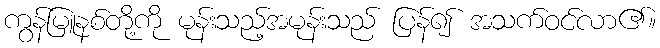
ကွန်မြူနစ်တို့ကို မုန်းသည့်အမုန်းသည် ပြန်၍ အသက်ဝင်လာ၏။